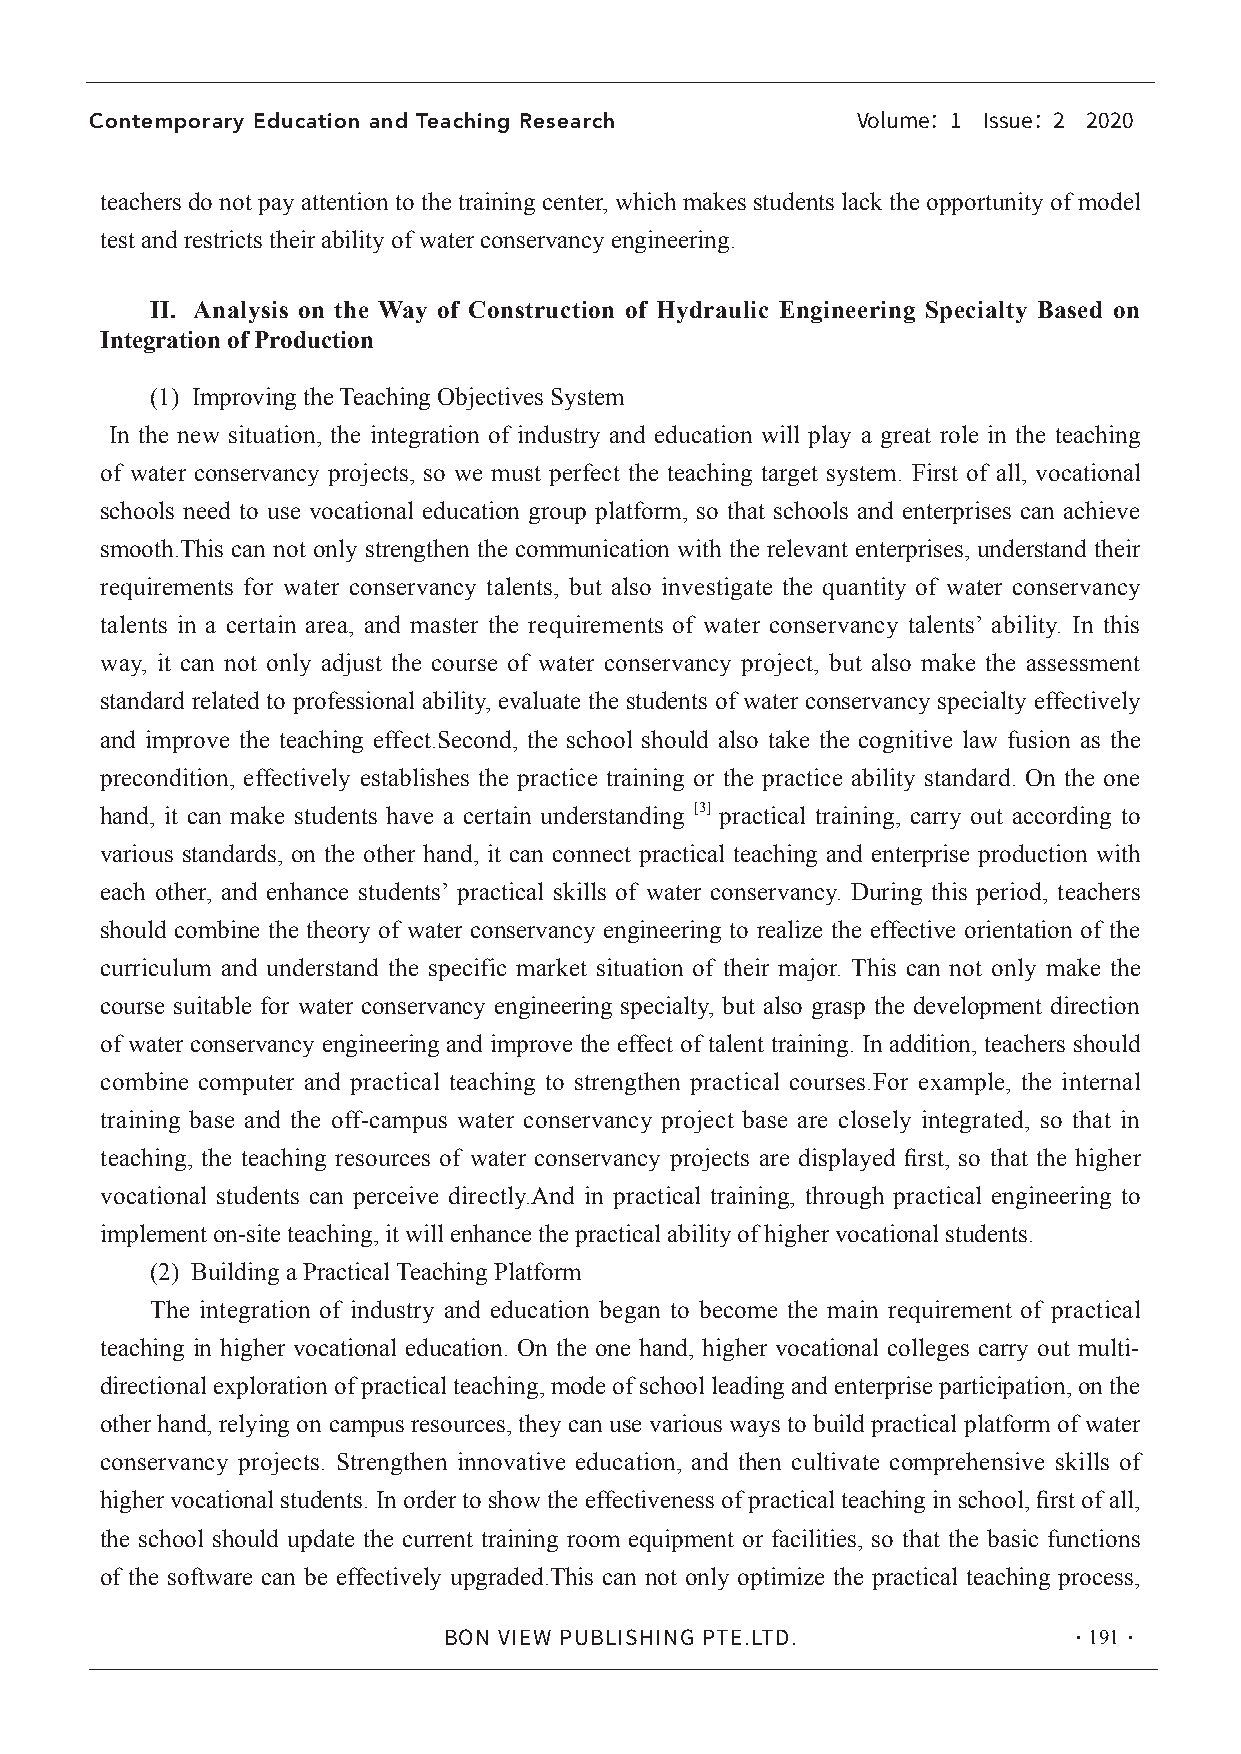
Contemporary Education and Teaching Research
 Volume：1 Issue：2 2020
 teachers do not pay attention to the training center, which makes students lack the opportunity of model
 test and restricts their ability of water conservancy engineering.
 II. Analysis on the Way of Construction of Hydraulic Engineering Specialty Based on
 Integration of Production
 (1) Improving the Teaching Objectives System
 In the new situation, the integration of industry and education will play a great role in the teaching
 of water conservancy projects, so we must perfect the teaching target system. First of all, vocational
 schools need to use vocational education group platform, so that schools and enterprises can achieve
 smooth.This can not only strengthen the communication with the relevant enterprises, understand their
 requirements for water conservancy talents, but also investigate the quantity of water conservancy
 talents in a certain area, and master the requirements of water conservancy talents’ ability. In this
 way, it can not only adjust the course of water conservancy project, but also make the assessment
 standard related to professional ability, evaluate the students of water conservancy specialty effectively
 and improve the teaching effect.Second, the school should also take the cognitive law fusion as the
 precondition, effectively establishes the practice training or the practice ability standard. On the one
 hand, it can make students have a certain understanding [3] practical training, carry out according to
 various standards, on the other hand, it can connect practical teaching and enterprise production with
 each other, and enhance students’ practical skills of water conservancy. During this period, teachers
 should combine the theory of water conservancy engineering to realize the effective orientation of the
 curriculum and understand the specific market situation of their major. This can not only make the
 course suitable for water conservancy engineering specialty, but also grasp the development direction
 of water conservancy engineering and improve the effect of talent training. In addition, teachers should
 combine computer and practical teaching to strengthen practical courses.For example, the internal
 training base and the off-campus water conservancy project base are closely integrated, so that in
 teaching, the teaching resources of water conservancy projects are displayed first, so that the higher
 vocational students can perceive directly.And in practical training, through practical engineering to
 implement on-site teaching, it will enhance the practical ability of higher vocational students.
 (2) Building a Practical Teaching Platform
 The integration of industry and education began to become the main requirement of practical
 teaching in higher vocational education. On the one hand, higher vocational colleges carry out multi-
 directional exploration of practical teaching, mode of school leading and enterprise participation, on the
 other hand, relying on campus resources, they can use various ways to build practical platform of water
 conservancy projects. Strengthen innovative education, and then cultivate comprehensive skills of
 higher vocational students. In order to show the effectiveness of practical teaching in school, first of all,
 the school should update the current training room equipment or facilities, so that the basic functions
 of the software can be effectively upgraded.This can not only optimize the practical teaching process,
 ·191·
 BON VIEW PUBLISHING PTE.LTD.